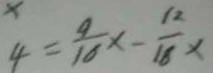
4 = \frac { 9 } { 1 6 } \times \frac { 1 2 } { 1 8 } \times